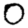
Digit: 0